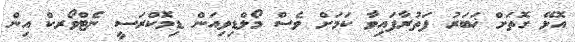
އޮޅޭ ގޮތަށް ޚަބަރު ފަތުރާފައިވާ ކަމަށް ވެސް މޯލްޑިވިއަން ޑިމޮކްރަސީ ނެޓްވޯރކް އިން